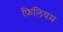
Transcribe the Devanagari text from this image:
फ़िलियम